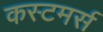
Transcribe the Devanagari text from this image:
कस्टमर्स